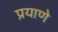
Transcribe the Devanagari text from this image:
प्रयाणे